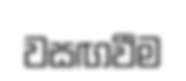
වසඟවීම